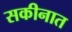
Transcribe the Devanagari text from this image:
सकीनात